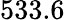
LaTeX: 533.6